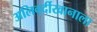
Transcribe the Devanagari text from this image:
अलिवर्दीखानाला